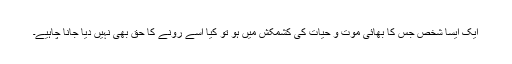
ایک ایسا شخص جس کا بھائی موت و حیات کی کشمکش میں ہو تو کیا اسے رونے کا حق بھی نہیں دیا جانا چاہیے۔